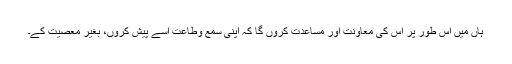
ہاں میں اس طور پر اس کی معاونت اور مساعدت کروں گا کہ اپنی سمع وطاعت اسے پیش کروں، بغیر معصیت کے۔